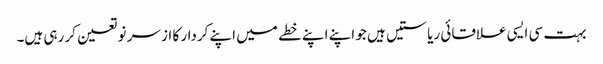
بہت سی ایسی علاقائی ریاستیں ہیں جو اپنے اپنے خطے میں اپنے کردار کا از سر نو تعین کر رہی ہیں۔